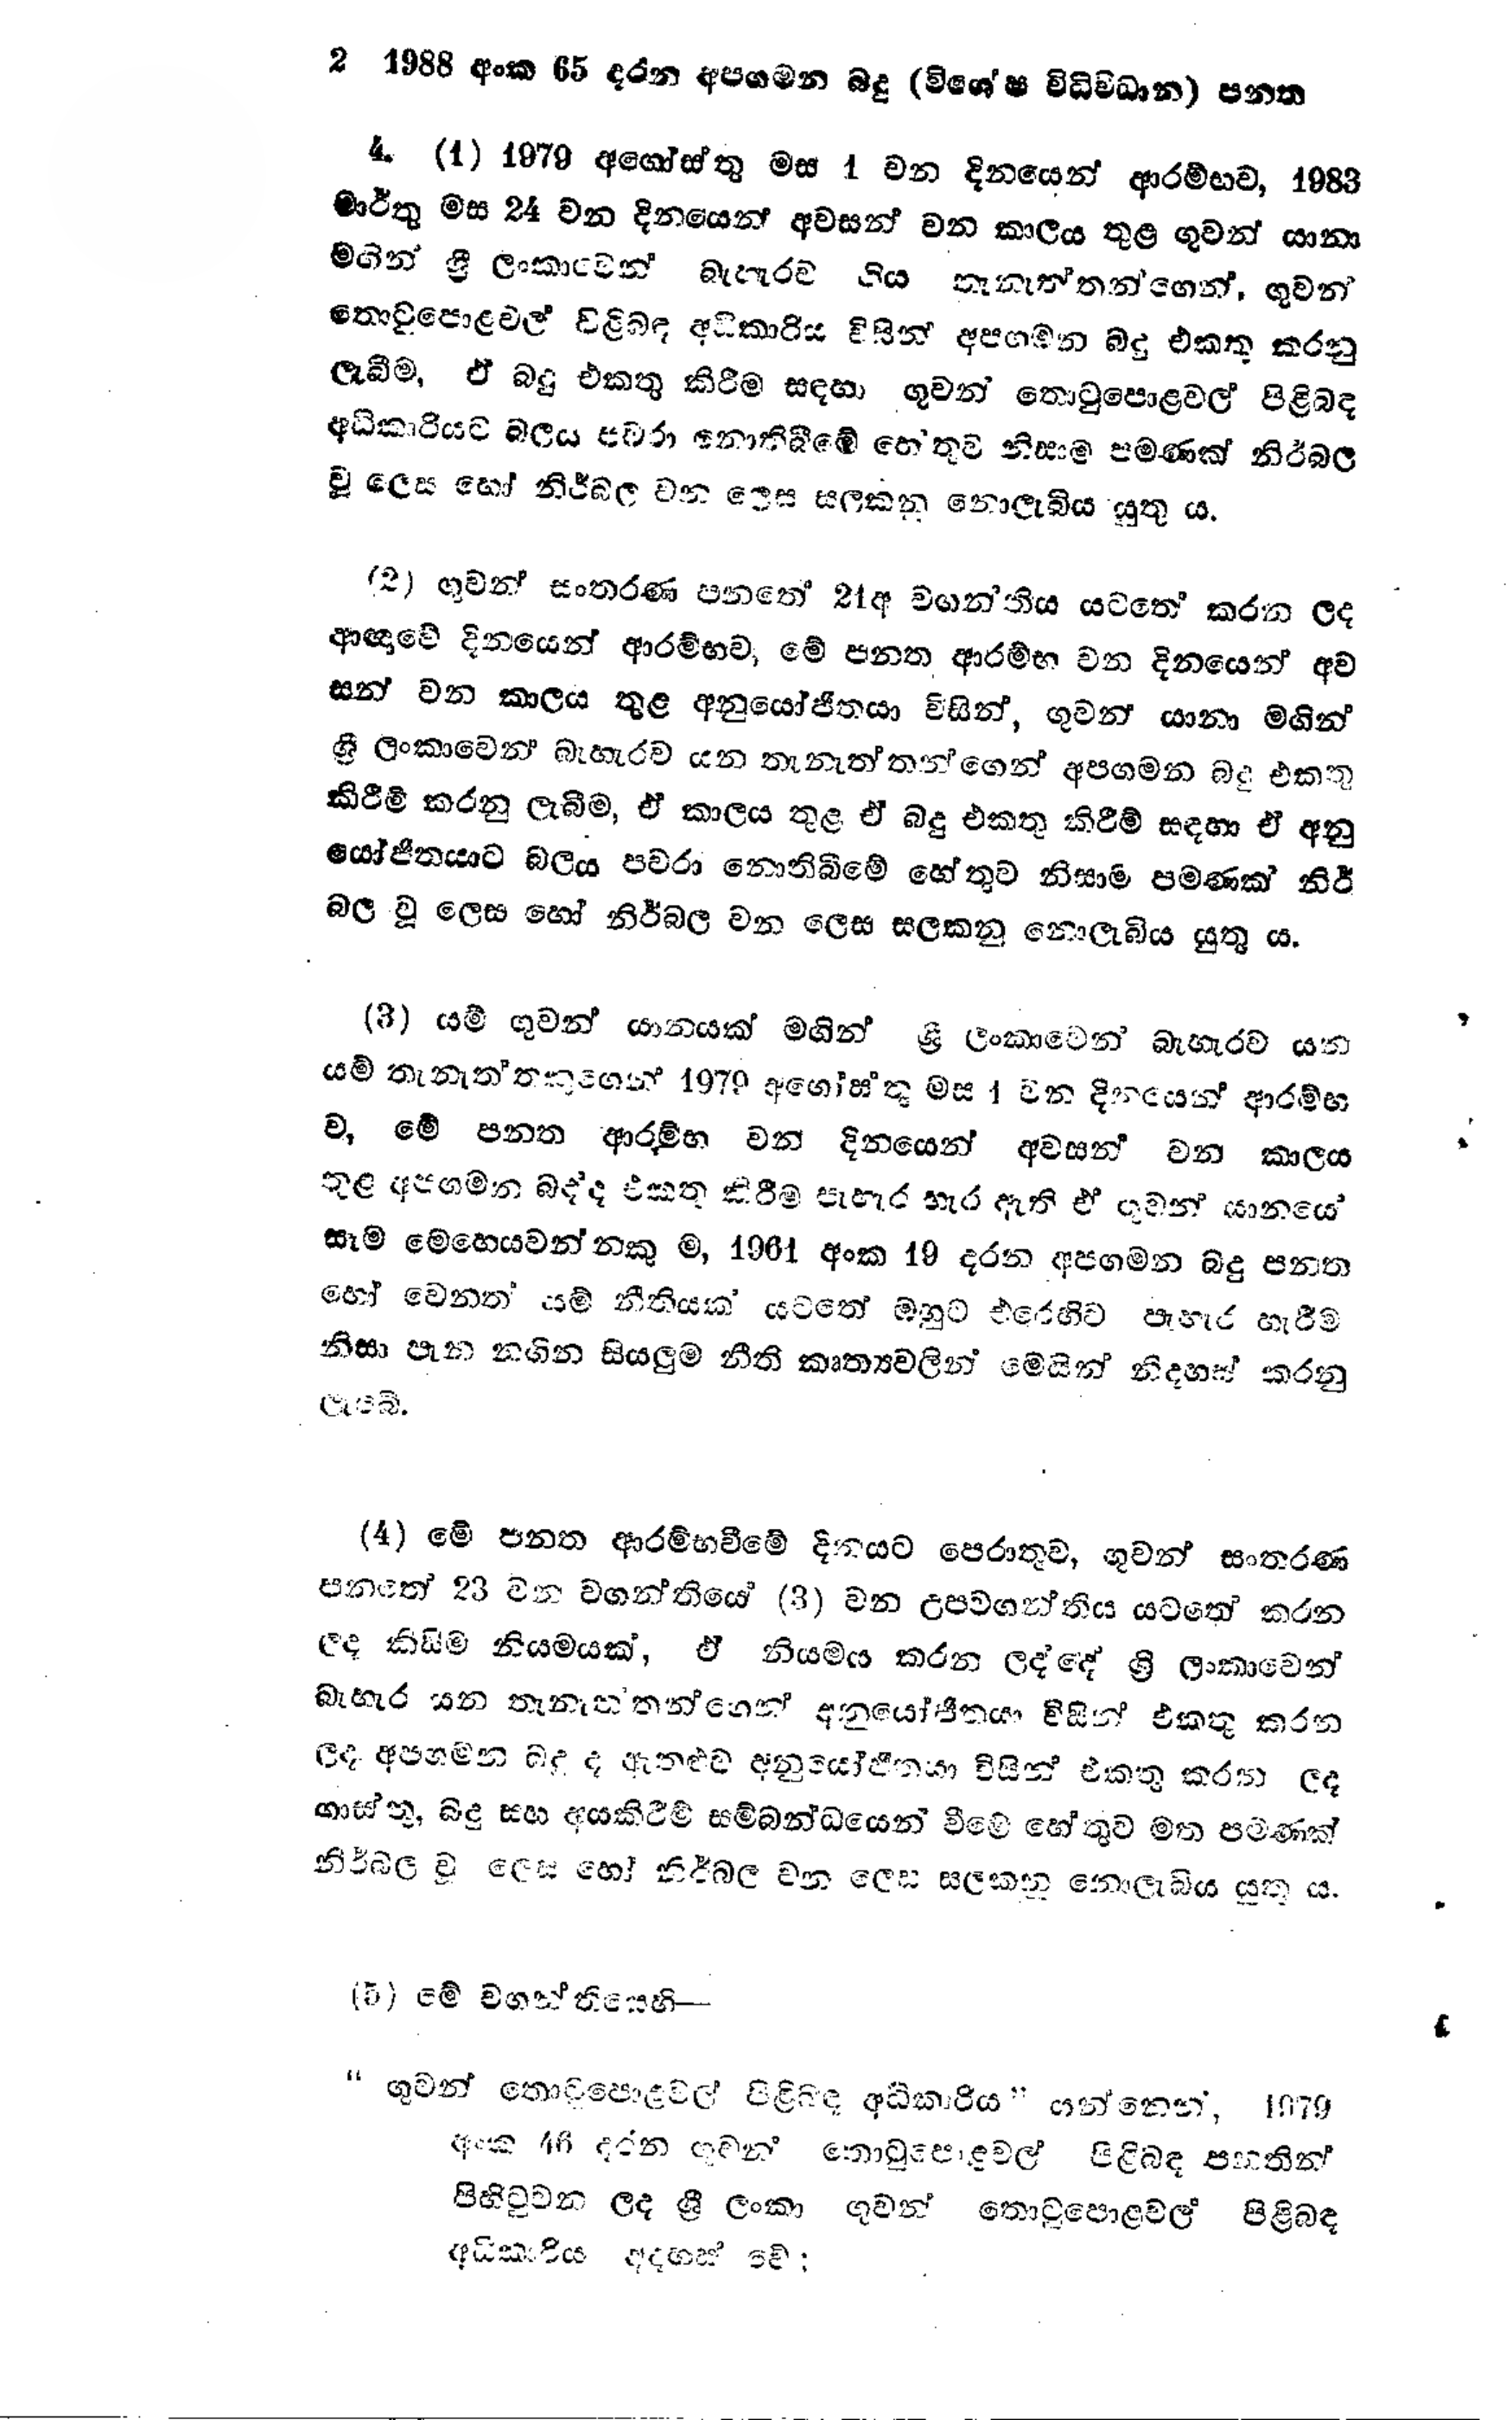
2 1988 අංක 65 දරන අපගමන බදු (විශේෂ විධිවිධාන) පනත

4. (1) 1979 අගෝස්තු මස 1 වන දිනයෙන් ආරම්භව, 1983
මාර්තු මස 24 වන දිනයෙන් අවසන් වන කාලය තුළ ගුවන් යානා
මගින් ශ්‍රී ලංකාවෙන් බැහැරව ගිය තැනැත්තන්ගෙන්, ගුවන්
තොටුපොළවල් පිළිබඳ අධිකාරිය විසින් අපගමන බදු එකතු කරනු
ලැබීම, ඒ බදු එකතු කිරීම සඳහා ගුවන් තොටුපොළවල් පිළිබඳ
අධිකාරියට බලය පවරා නොතිබීමේ හේතුව නිසාම පමණක් නිර්බල
වූ ලෙස හෝ නිර්බල වන ලෙස සලකනු නොලැබිය යුතු ය.

(2) ගුවන් සංතරණ පනතේ 21අ වගන්තිය යටතේ කරන ලද
ආඥාවේ දිනයෙන් ආරම්භව, මේ පනත ආරම්භ වන දිනයෙන් අව
සන් වන කාලය තුළ අනුයෝජිතයා විසින්, ගුවන් යානා මගින්
ශ්‍රී ලංකාවෙන් බැහැරව යන තැනැත්තන්ගෙන් අප ගමන බදු එකතු
කිරීම් කරනු ලැබීම, ඒ කාලය තුළ ඒ බදු එකතු කිරීම් සඳහා ඒ අනු
යෝජිතයාට බලය පවරා නොතිබීමේ හේතුව නිසාම පමණක් නිර්
බල වූ ලෙස හෝ නිර්බල වන ලෙස සලකනු නොලැබිය යුතු ය.

(3) යම් ගුවන් යානයක් මගින් ශ්‍රී ලංකාවෙන් බැහැරව යන
යම් තැනැත්තකුගෙන් 1970 අගෝස්තු මස 1 වන දිනයෙන් ආරම්භ
ව, මේ පනත ආරම්භ වන දිනයෙන් අවසන් වන කාලය
තුළ අපගමන බද්ද එකතු කිරීම පැහැර හැර ඇති ඒ ගුවන් යානයේ
සෑම මෙහෙයවන්නකුම, 1961 අංක 19 දරන අපගමන බදු පනත
හෝ වෙනත් යම් නීතියක් යටතේ ඔහුට එරෙහිව පැහැර හැරීම
නිසා පැන නගින සියලුම නීති කෘත්‍යවලින් මෙයින් නිදහස් කරනු
ලැබේ.

(4) මේ පනත ආරම්භවීමේ දිනයට පෙරාතුව, ගුවන් සංතරණ
පනටත් 23 වන වගන්තියේ (3) වන උපවගන්තිය යටතේ කරන
ලද කිසිම නියමයක්, ඒ නියමය කරන ලද්දේ ශ්‍රී ලංකාවෙන්
බැහැර යන තැනැත්තන්ගෙන් අනුයෝජිතයා විසින් එකතු කරන
ලද අපගමන බදු ද ඇතුළුව අනුයෝජිතයා විසින් එකතු කරන ලද
ගාස්තු, බදු සහ අයකිරීම් සම්බන්ධයෙන් වීමේ හේතුව මත පමණක්
නිර්බල වූ ලෙස හෝ නිර්බල වන ලෙස සලකනු නොලැබිය යුතු ය.

(5) මේ වගන්තියෙහි --

"ගුවන් තොටුපොළවල් පිළිබඳ අධිකාරිය " යන්නෙන්, 1979
අංක 46 දරන ගුවන් තොටුපොළවල් පිළිබඳ පහතින්
පිහිටුවන ලද ශ්‍රී ලංකා ගුවන් තොටුපොළ වල පිළිබඳ
අධිකාරිය අදහස් වේ;